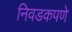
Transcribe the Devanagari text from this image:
निवडकपणे